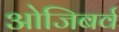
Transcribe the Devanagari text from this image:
ओजिबर्व